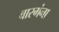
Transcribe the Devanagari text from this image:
वारगंना